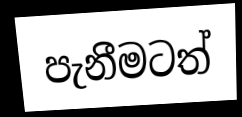
පැනීමටත්